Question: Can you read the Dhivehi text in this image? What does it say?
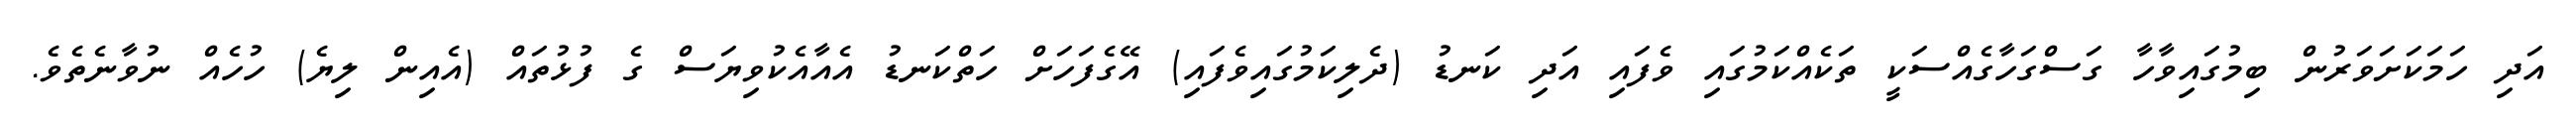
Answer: އަދި ހަމަކަށަވަރުން ބިމުގައިވާހާ ގަސްގަހާގެއްސަކީ ތަކެއްކަމުގައި ވެފައި އަދި ކަނޑު (ދެލިކަމުގައިވެފައި) އޭގެފަހަށް ހަތްކަނޑު އެއާއެކުވިޔަސް ގެ ފުޅުތައް (އެއިން ލިޔެ) ހުހެއް ނުވާނެތެވެ.